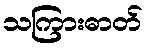
သကြားဓာတ်